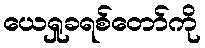
ယေရှုခရစ်တော်ကို